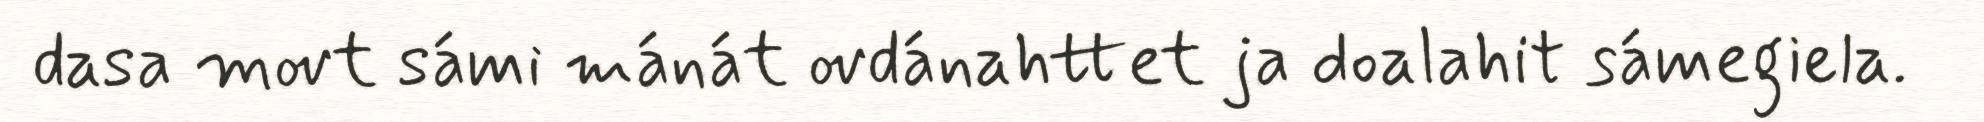
dasa movt sámi mánát ovdánahttet ja doalahit sámegiela.